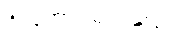
ဦးအောင်မင်းသည်